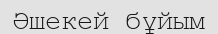
Әшекей бұйым